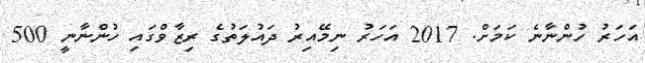
އަހަރު ހުންނާނެ ކަމަށް. 2017 އަހަރު ނިމޭއިރު ދައުލަތުގެ ރިޒާވްގައި ހުންނާނީ 500